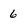
Character: 6